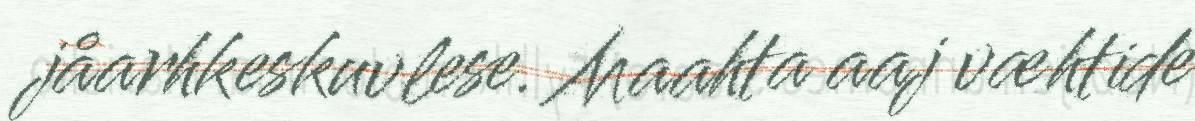
jåarhkeskuvlese. Maahta aaj væhtide